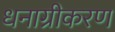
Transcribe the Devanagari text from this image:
धनाग्रीकरण